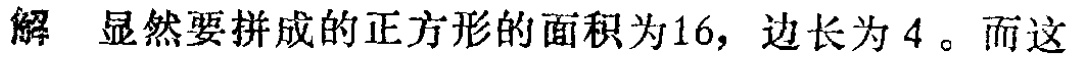
解 显然要拼成的正方形的面积为16，边长为4。而这